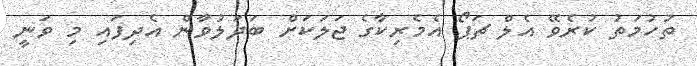
ތުހުމަތު ކުރެވޭ އެލް ޗަޕޯ އެމެރިކާގެ ޖަލަކަށް ބަދަލުވާން އެދިފައި މި ވަނީ